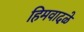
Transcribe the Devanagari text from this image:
हिमवादळे